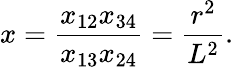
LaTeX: x=\frac{x_{12}x_{34}}{x_{13}x_{24}}=\frac{r^{2}}{L^{2}}.